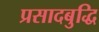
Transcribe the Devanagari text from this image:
प्रसादबुद्धि